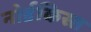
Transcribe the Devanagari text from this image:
नोर्डकिस्त